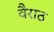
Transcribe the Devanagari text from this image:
वैराठ